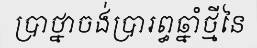
ប្រាថ្នាចង់ប្រារព្ធឆ្នាំថ្មីនៃ